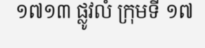
១៧១៣ ផ្លូវលំ ក្រុមទី ១៧